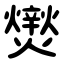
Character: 㸉